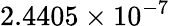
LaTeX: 2.4405\times 10^{-7}